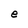
Character: e